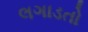
લગાડતો